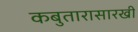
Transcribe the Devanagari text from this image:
कबुतारासारखी